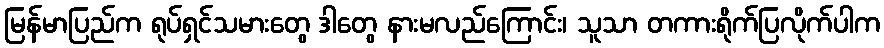
မြန်မာပြည်က ရုပ်ရှင်သမားတွေ ဒါတွေ နားမလည်ကြောင်း၊ သူသာ တကားရိုက်ပြလိုက်ပါက